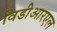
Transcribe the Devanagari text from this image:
विडीआरएल